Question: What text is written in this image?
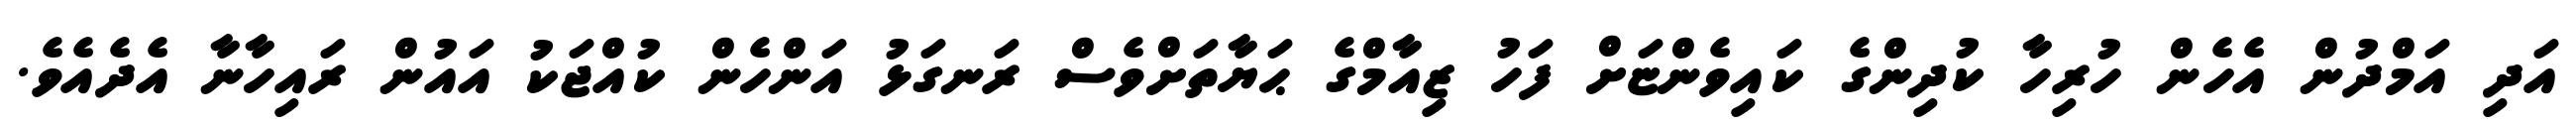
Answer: އަދި އަމްދުން އެހެން ހުރިހާ ކުދިންގެ ކައިވެންޏަށް ފަހު ޒިއާމްގެ ޙަޔާތަށްވެސް ރަނގަޅު އަންހެން ކުއްޖަކު އައުން ރައިހާނާ އެދެއެވެ.